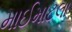
માઈમાટલા